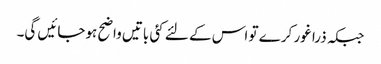
جبکہ ذرا غور کرے تو اس کے لئے کئی باتیں واضح ہوجائیں گی۔